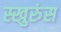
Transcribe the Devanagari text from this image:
स्खुरुंस